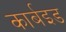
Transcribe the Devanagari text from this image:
कार्बइड